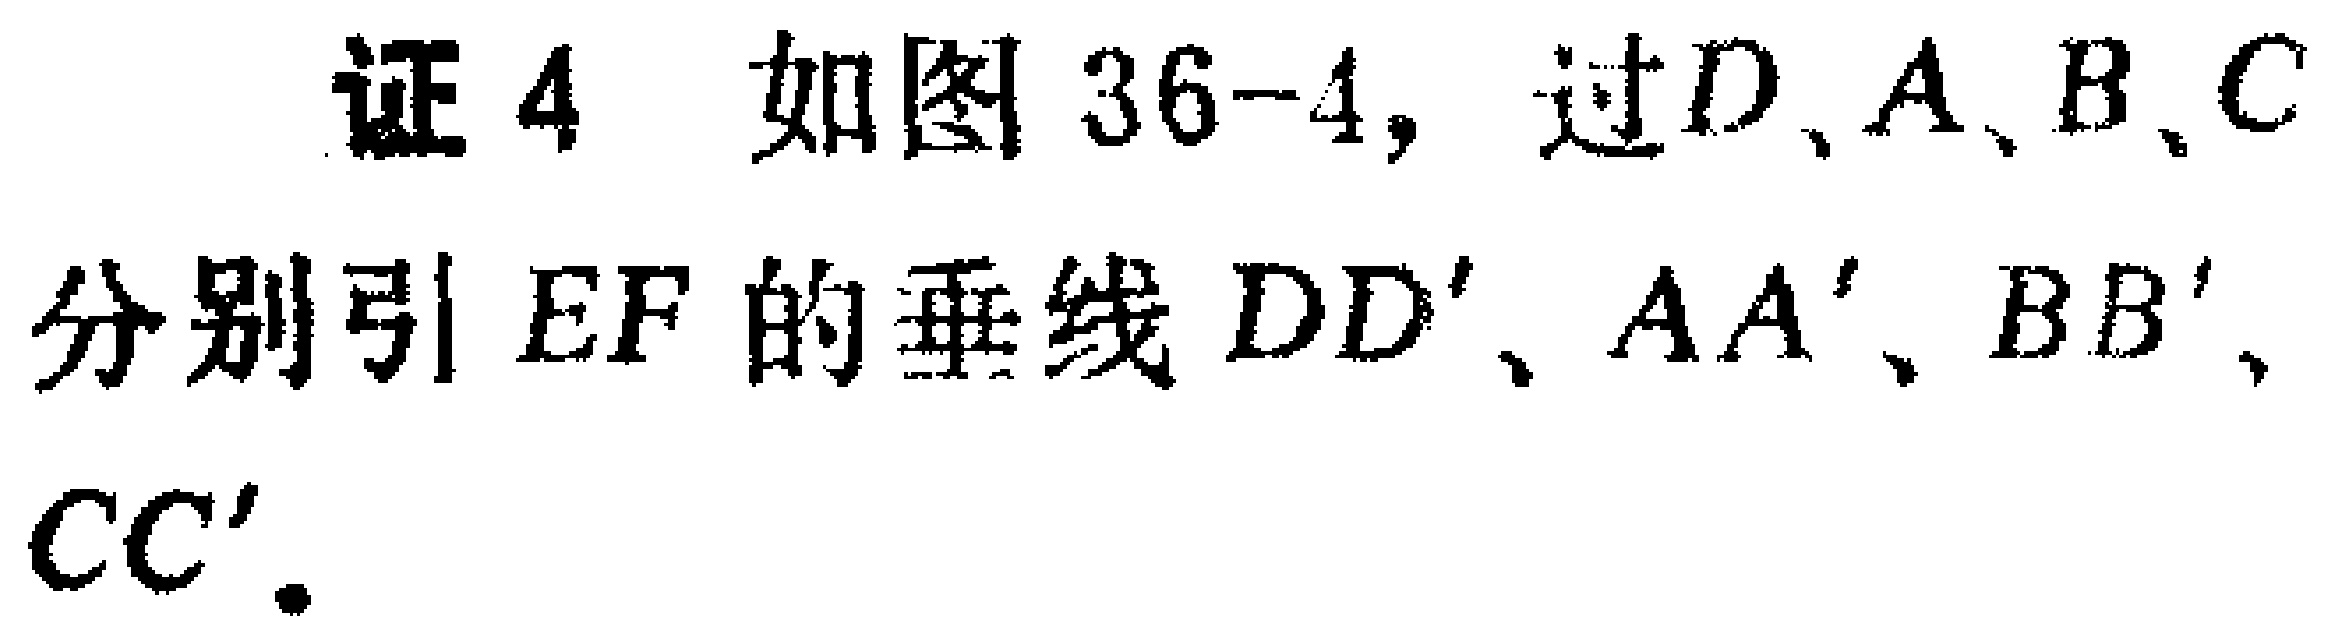
证4 如图36-4，过\(D\)、\(A\)、\(B\)、\(C\)分别引\(EF\)的垂线\(DD'\)、\(AA'\)、\(BB'\)、\(CC'\)。